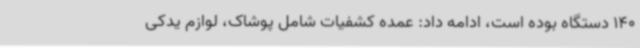
140 دستگاه بوده است، ادامه داد: عمده کشفیات شامل پوشاک، لوازم یدکی